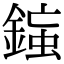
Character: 𨨸